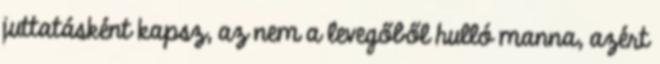
juttatásként kapsz, az nem a levegőből hulló manna, azért